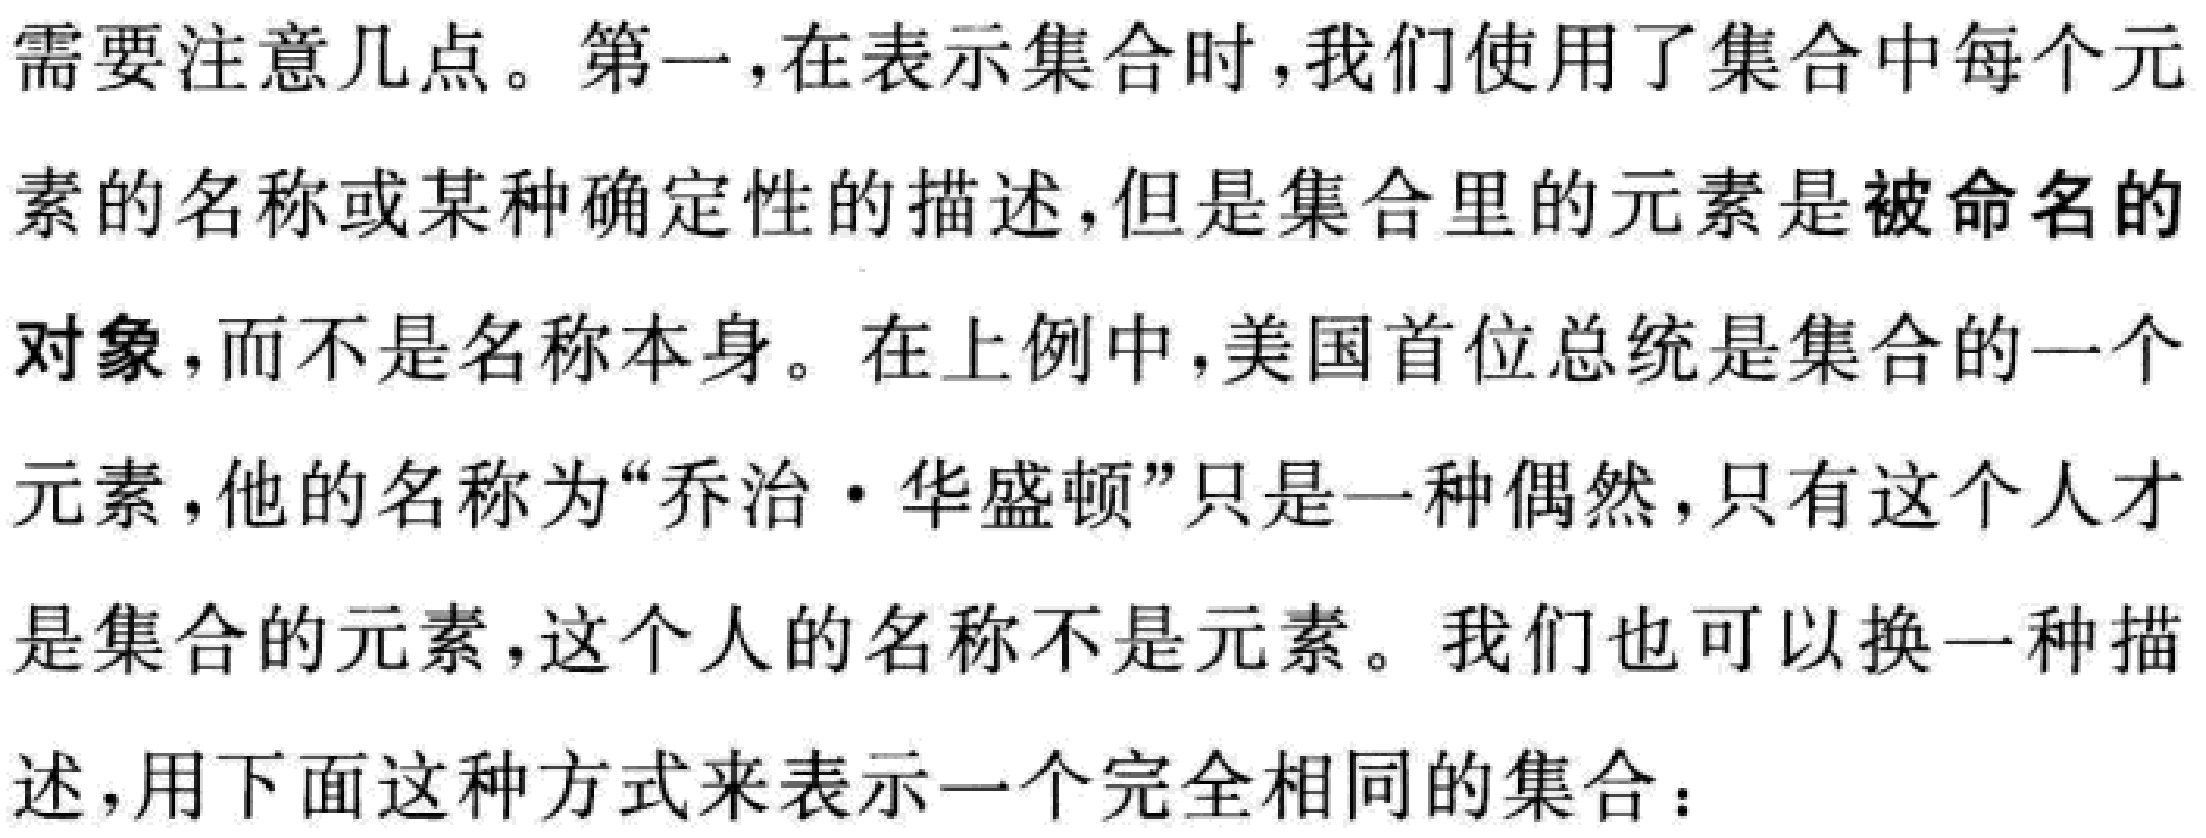
需要注意几点。第一，在表示集合时，我们使用了集合中每个元素的名称或某种确定性的描述，但是集合里的元素是被命名的对象，而不是名称本身。在上例中，美国首位总统是集合的一个元素，他的名称为“乔治·华盛顿”只是一种偶然，只有这个人才是集合的元素，这个人的名称不是元素。我们也可以换一种描述，用下面这种方式来表示一个完全相同的集合：